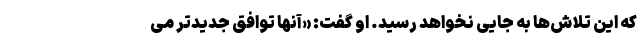
که این تلاش‌ها به جایی نخواهد رسید. او گفت: «آنها توافق جدیدتر می